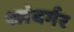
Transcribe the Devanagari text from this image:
श्लंबर्गर